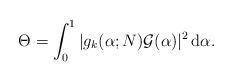
LaTeX: \begin{align*}\Theta=\int_0^1|g_k(\alpha;N)\mathcal G(\alpha)|^2\,{\rm d}\alpha .\end{align*}